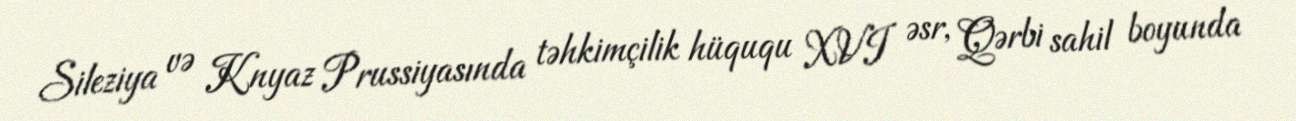
Sileziya və Knyaz Prussiyasında təhkimçilik hüququ XVI əsr, Qərbi sahil boyunda